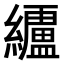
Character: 𮉗